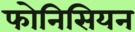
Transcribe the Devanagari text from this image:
फोनिसियन